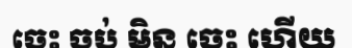
ចេះ ចប់ មិន ចេះ ហើយ